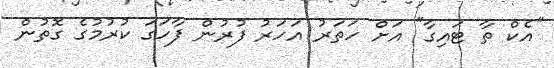
"އެކް ތާ ޓައިގާ" އަށް ހަތަރު އަހަރު ފުރުން ފާހަގަ ކުރުމުގެ ގޮތުން